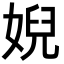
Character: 婗